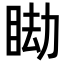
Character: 䀷